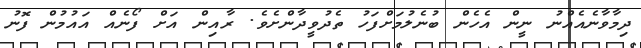
ދިމާވާނެއެއްނު ނީން އެހެން ބުނެލުމަށްފަހު ތެދުވީދާންށެވެ. ރާއިން އަށް ފޯނެއް އައުމުން ފޮނު